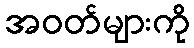
အဝတ်များကို